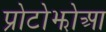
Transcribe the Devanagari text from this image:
प्रोटोझोआ